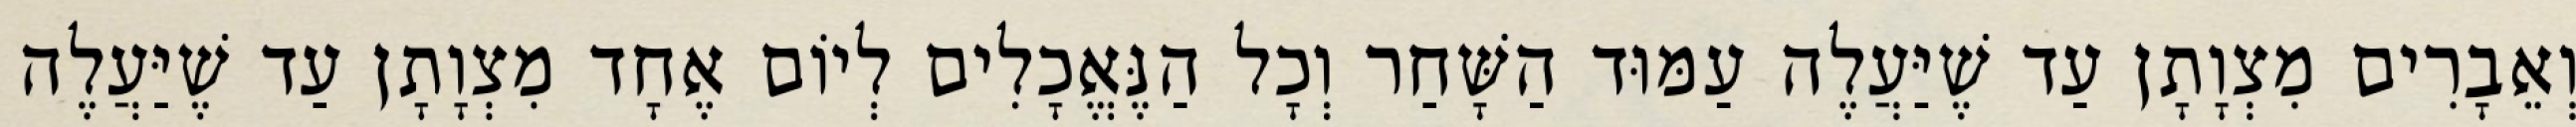
וְאֵבָרִים מִצְוָתָן עַד שֶׁיַּעֲלֶה עַמּוּד הַשָּׁחַר וְכָל הַנֶּאֱכָלִים לְיוֹם אֶחָד מִצְוָתָן עַד שֶׁיַּעֲלֶה